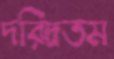
দরিদ্রতম